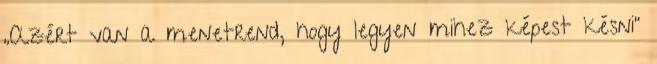
„Azért van a menetrend, hogy legyen mihez képest késni”